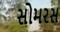
સોમરસ